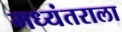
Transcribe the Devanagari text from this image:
मध्यंतराला